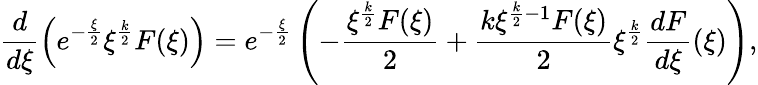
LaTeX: \frac{d}{d\xi}\left(e^{-\frac{\xi}{2}}\xi^{\frac{k}{2}}F(\xi)\right)=e^{-\frac{\xi}{2}}\left(-\frac{\xi^{\frac{k}{2}}F(\xi)}{2}+\frac{k\xi^{\frac{k}{2}-1}F(\xi)}{2}\xi^{\frac{k}{2}}\frac{dF}{d\xi}(\xi)\right),